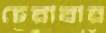
চেরাবার